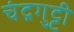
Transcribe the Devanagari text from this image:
चंद्रगुट्टी